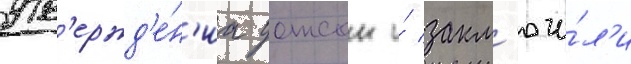
утв'ержд'е́н'иа уотсон и́ закл'ючи́л'и